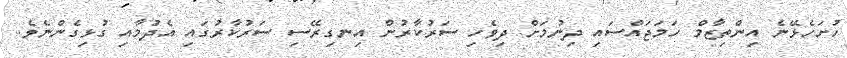
ހުށަހެޅޭނެ އިންތިޒާމް ހަމަޖައްސައި ދިނުމަށް ދިވެހި ސަރުކާރުން އިނގިރޭސި ސަރުކާރުގައި އެދުމާއި ގުޅިގެންނެވެ.